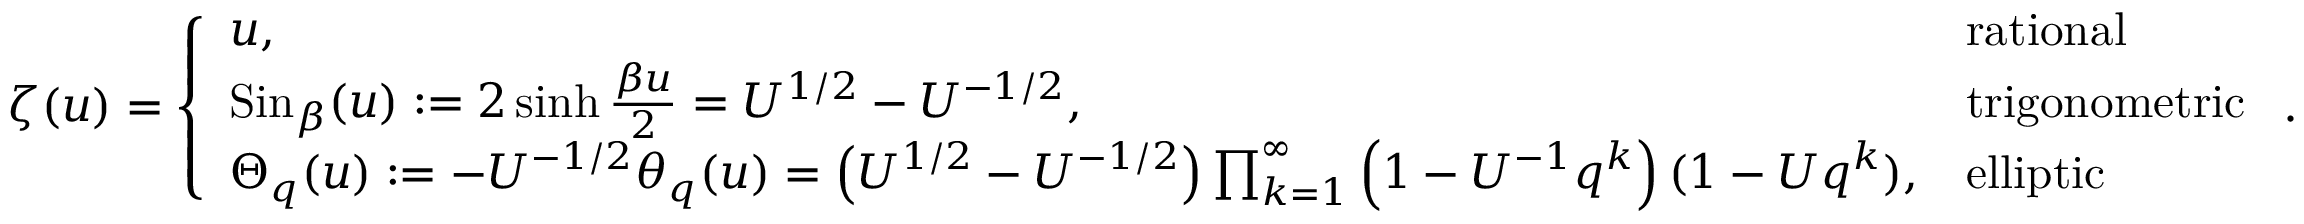
\zeta ( u ) = \left\{ \begin{array} { l l } { u , } & { \mathrm { r a t i o n a l } } \\ { \mathrm { S i n } _ { \beta } ( u ) : = 2 \sinh \frac { \beta u } { 2 } = U ^ { 1 / 2 } - U ^ { - 1 / 2 } , } & { \mathrm { t r i g o n o m e t r i c } } \\ { \Theta _ { q } ( u ) : = - U ^ { - 1 / 2 } \theta _ { q } ( u ) = \left( U ^ { 1 / 2 } - U ^ { - 1 / 2 } \right) \prod _ { k = 1 } ^ { \infty } \left( 1 - U ^ { - 1 } q ^ { k } \right) ( 1 - U q ^ { k } ) , } & { \mathrm { e l l i p t i c } } \end{array} \right. .